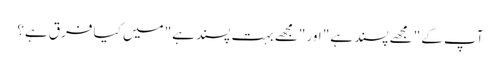
آپ کے "مجھے پسند ہے" اور "مجھے بہت پسند ہے" میں کیا فرق ہے؟